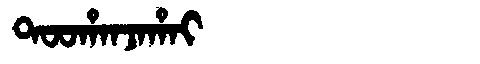
Manchu: ᡨᠣᠣᡥᠠᠨᠵᠠᡥᠠᡳ
Romanization: TOOHANJAHAI